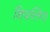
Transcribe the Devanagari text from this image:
शिवलिंगा